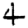
Digit: 4